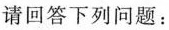
请回答下列问题：